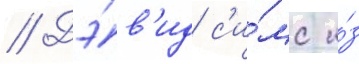
// Дэ́в'ид с'и́мс и́з